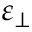
\varepsilon _ { \perp }